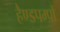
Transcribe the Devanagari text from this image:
हैण्डपम्पों